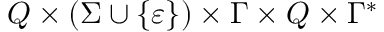
Q \times ( \Sigma \cup \{ \varepsilon \} ) \times \Gamma \times Q \times \Gamma ^ { * }